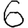
Digit: 6